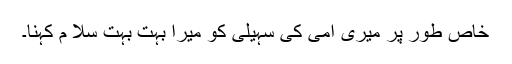
خاص طور پر میری امی کی سہیلی کو میرا بہت بہت سلا م کہنا۔